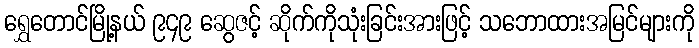
ရွှေတောင်မြို့နယ် ၉၄၉ ဆွေဇင့် ဆိုက်ကိုသုံးခြင်းအားဖြင့် သဘောထားအမြင်များကို